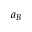
a _ { B }